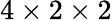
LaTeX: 4\times 2\times 2